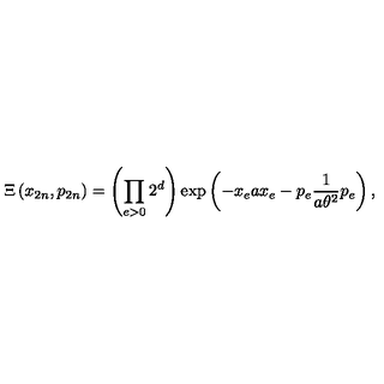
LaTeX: \Xi \left( x _ { 2 n } , p _ { 2 n } \right) = \left( \prod _ { e > 0 } 2 ^ { d } \right) \exp \left( - x _ { e } a x _ { e } - p _ { e } \frac { 1 } { a \theta ^ { 2 } } p _ { e } \right) ,